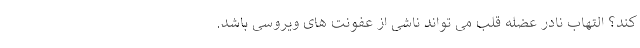
کند؟ التهاب نادر عضله قلب می تواند ناشی از عفونت های ویروسی باشد.